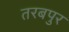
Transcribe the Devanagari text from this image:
तरबपुर